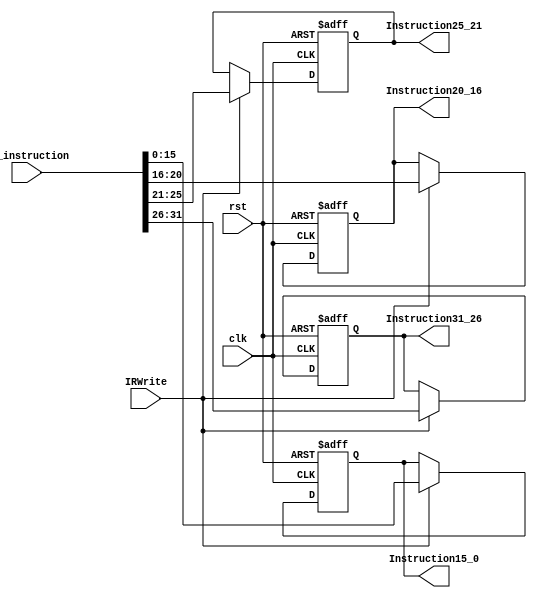
`timescale 1ns / 1ps
//////////////////////////////////////////////////////////////////////////////////
// Company: 
// Engineer: 
// 
// Design Name: 
// Module Name: Instruction
// Project Name: 
// Target Devices: 
// Tool Versions: 
// Description: 
// 
// Dependencies: 
// 
// Revision:
// Revision 0.01 - File Created
// Additional Comments:
// 
//////////////////////////////////////////////////////////////////////////////////


module Instruction(
    input [31:0]in_instruction,
    output reg [5:0]Instruction31_26,
    output reg [4:0]Instruction25_21,Instruction20_16,
    output reg [15:0]Instruction15_0,
    input IRWrite,clk,rst
    );
    always@(posedge clk or posedge rst)
    if(rst)
    begin
     Instruction31_26 <= 0;
     Instruction25_21 <= 0;
     Instruction20_16 <= 0;
     Instruction15_0 <= 0;
    end
    else if(IRWrite) 
    begin
        Instruction31_26 <= in_instruction[31:26];
        Instruction25_21 <= in_instruction[25:21];
        Instruction20_16 <= in_instruction[20:16];
        Instruction15_0 <= in_instruction[15:0];
    end
                
endmodule